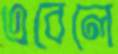
এবেলে